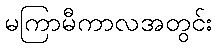
မကြာမီကာလအတွင်း